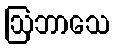
ဩဘာသေ